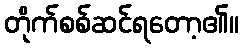
တိုက်စစ်ဆင်ရတော့၏။